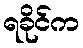
ရခိုင်က